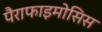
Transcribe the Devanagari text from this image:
पैराफाइमोसिस